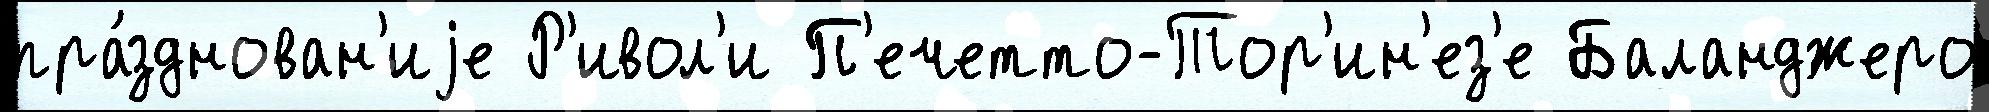
пра́зднован'иjе Р'ивол'и П'ечетто-Тор'ин'ез'е Баланджеро